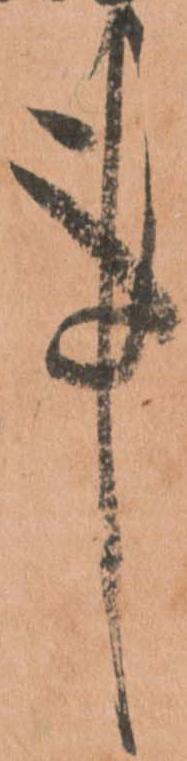
事